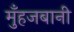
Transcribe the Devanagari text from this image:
मुँहजबानी